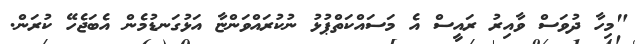
"މިހާ ދުވަސް ވާއިރު ރައީސް އެ މަސައްކަތްޕުޅު ނުކުރައްވަންޏާ އަޅުގަނޑުމެން އެބަޖެހޭ ކުރަން.